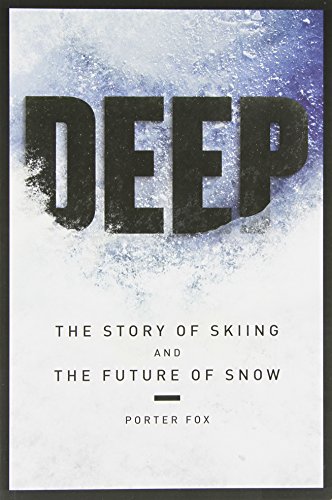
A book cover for DEEP The Story of Skiing and The Future of Snow; Porter Fox; Sports & Outdoors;